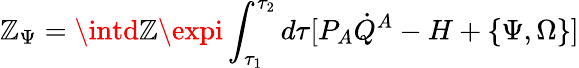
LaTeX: \mathbb{Z}_{\Psi}=\intd\mathbb{Z}\expi\int_{\tau_{1}}^{\tau_{2}}d\tau[P_{A}\dot{{Q}}^{A}-H+\{ \Psi,\Omega\} ]